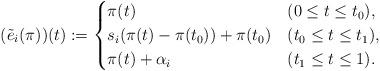
LaTeX: \begin{align*}(\tilde{e}_i (\pi))(t) := \begin{cases} \pi(t) & (0 \leq t \leq t_0), \\s_i(\pi(t) - \pi(t_0)) + \pi(t_0) & (t_0 \leq t \leq t_1), \\\pi(t) + \alpha_i & (t_1 \leq t \leq 1). \end{cases}\end{align*}